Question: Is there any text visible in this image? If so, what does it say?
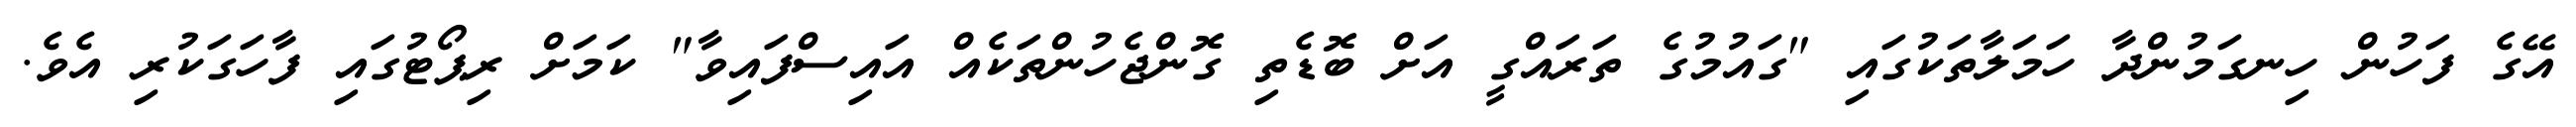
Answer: އޭގެ ފަހުން ހިނގަމުންދާ ހަމަލާތަކުގައި "ގައުމުގެ ތަރައްގީ އަށް ބޮޑެތި ގޮންޖެހުންތަކެއް އައިސްފައިވާ" ކަމަށް ރިޕޯޓުގައި ފާހަގަކުރި އެވެ.